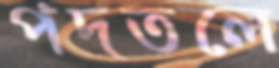
পদতলে